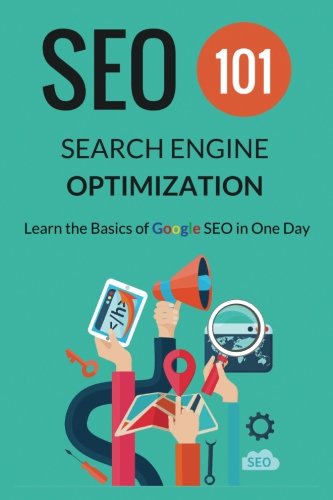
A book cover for Search Engine Optimization - SEO 101: Learn the Basics of Google SEO in One Day; Steven Samson; Computers & Technology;